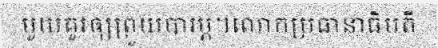
មួយគួរឲ្យព្រួយបារម្ភ។លោកប្រធានាធិបតី